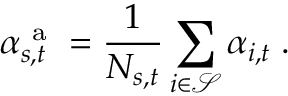
\alpha _ { s , t } ^ { \mathrm { ~ a ~ } } = \frac { 1 } { N _ { s , t } } \sum _ { i \in \mathcal { S } } \alpha _ { i , t } \; .